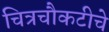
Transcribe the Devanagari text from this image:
चित्रचौकटीचे